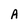
Character: A